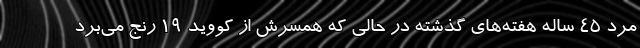
مرد ۴۵ ساله هفته‌های گذشته در حالی که همسرش از کووید ۱۹ رنج می‌برد